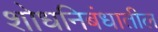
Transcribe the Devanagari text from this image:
शोधनिबंधातील